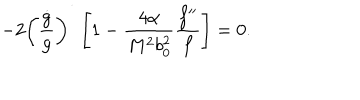
- 2 \left( \frac { \dot { g } } { g } \right) ^ { \dot { \vphantom { g } } } \left[ 1 - \frac { 4 \alpha } { M ^ { 2 } b _ { 0 } ^ { 2 } } \frac { f ^ { \prime \prime } } { f } \right] = 0 .